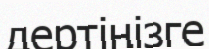
дертіңізге